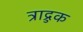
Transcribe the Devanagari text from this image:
त्राद्रुक